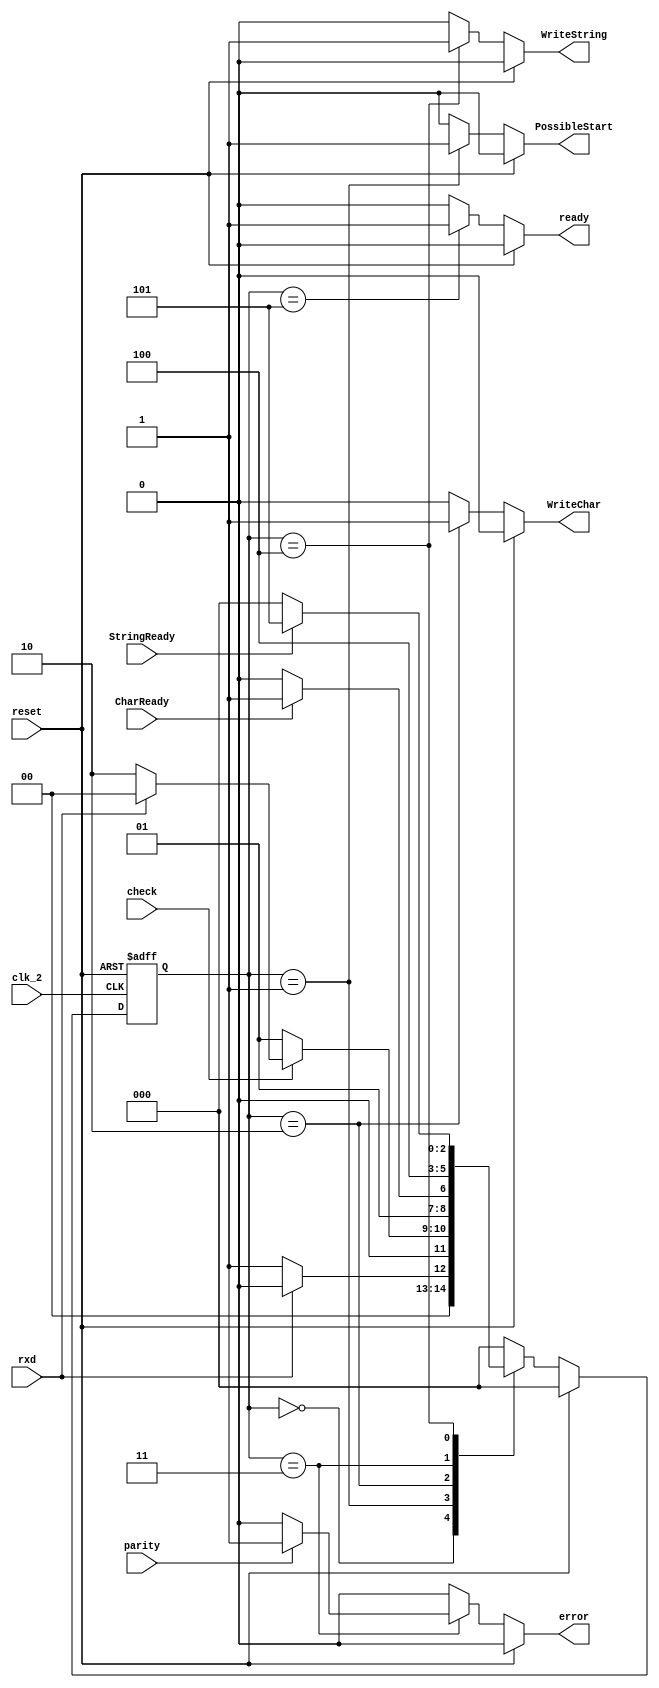
module control_o (reset, rxd, StringReady, CharReady, parity, ready, error, WriteChar, WriteString, PossibleStart, clk_2, check);
   input rxd;
   input StringReady;
   input CharReady;
   input parity;
   input clk_2;
   input check;
   input reset;
   output reg ready;
   output reg error;
   output reg WriteChar;
   output reg WriteString;
   output reg PossibleStart;
   reg [2:0]  current_state;
   reg [2:0]  next_state;
   parameter IDLE = 3'b000;
   parameter POSSIBLESTART = 3'b001;
   parameter READ = 3'b010;
   parameter ERROR = 3'b011;
   parameter WRITE = 3'b100;
   parameter STOP = 3'b101;
   always @(current_state or rxd or check or CharReady or StringReady or reset or parity) begin
      if (reset==1'b1) begin
	 next_state <= 3'b000;
	 ready =1'b0;
	 error = 1'b0;
	 WriteString = 1'b0;
	 WriteChar = 1'b0;
	 PossibleStart = 1'b0;
      end
      else begin
	 case (current_state)
	   IDLE: begin
	      if (rxd==1)
		next_state<=IDLE;
	      else
		next_state<=POSSIBLESTART;
	      ready=1'b0;
	      error=1'b0;
	      WriteChar=1'b0;
	      WriteString=1'b0;
	      PossibleStart=1'b0;
	   end 
	   POSSIBLESTART: begin
	      if (check == 1) begin
		 if (rxd == 0) begin
		   next_state<=READ;
		end		
		 else
		   next_state<=IDLE;
	      end
	      else
		next_state<=POSSIBLESTART;
	      ready=1'b0;
	      error=1'b0;
	      WriteChar=1'b0;
	      WriteString=1'b0;
	      PossibleStart=1'b1;
	   end 
	   READ: begin
	      if (CharReady==0)
		next_state<=READ;
	      else
		next_state<=ERROR;
	      ready=1'b0;
	      error=1'b0;
	      WriteChar=1'b1;
	      WriteString=1'b0;
	      PossibleStart=1'b0;
	   end 
	   ERROR: begin
	      next_state<=WRITE;
	      if (parity==1)
		error=1'b1;
	      else
		error=1'b0;
	      ready=1'b0;
	      WriteChar=1'b0;
	      WriteString=1'b0;
	      PossibleStart=1'b0;
	   end 
	   WRITE: begin
	      if (StringReady==0)
		next_state<=IDLE;
	      else
		next_state<=STOP;
	      ready=1'b0;
	      error=1'b0;
	      WriteChar=1'b0;
	      WriteString=1'b1;
	      PossibleStart=1'b0;
	   end 
	   STOP: begin
		next_state<=IDLE;
	      ready=1'b1;
	      error=1'b0;
	      WriteChar=1'b0;
	      WriteString=1'b0;
	      PossibleStart=1'b0;
	   end 
	   default: begin 
	      next_state<=IDLE;
	      ready=1'b0;
	      error=1'b0;
	      WriteChar=1'b0;
	      WriteString=1'b0;
	      PossibleStart=1'b0;
	   end
	 endcase 
      end 
   end 
   always @(negedge clk_2 or posedge reset) begin
      if (reset == 1'b1) begin
	current_state<=IDLE;
	end
      else begin
	current_state<=next_state;
	end
   end
endmodule